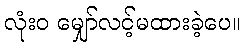
လုံးဝ မျှော်လင့်မထားခဲ့ပေ။